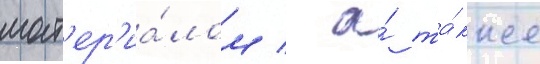
мат'ер'иа́лом / а́ та́кже